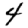
Digit: 4